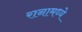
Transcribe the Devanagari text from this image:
रानामध्ये